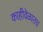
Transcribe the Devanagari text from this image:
काहीवेळातच